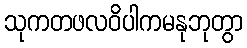
သုကတဖလဝိပါကမနုဘုတွာ